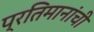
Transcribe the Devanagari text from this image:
प्रतिमानांची